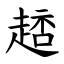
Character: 䞸